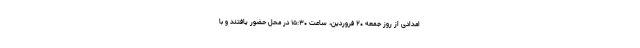
امدادی از روز جمعه ۲۰ فروردین، ساعت ۱۵:۳۰ در محل حضور یافتند و با